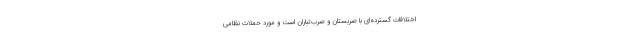
اختلافات گسترده‌ای با صربستان و صرب‌تباران است و مورد حملات نظامی